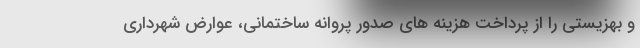
و بهزیستی را از پرداخت هزینه های صدور پروانه ساختمانی، عوارض شهرداری